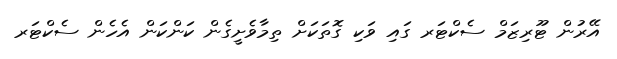
އޭރުން ޓޫރިޒަމް ސެކްޓަރ ގައި ވަކި ގޮތަކަށް ތިމާވެށީގެން ކަންކަން އެހެން ސެކްޓަރ